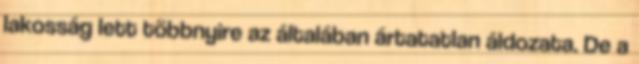
lakosság lett többnyire az általában ártatatlan áldozata. De a